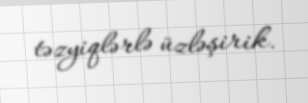
təzyiqlərlə üzləşirik.